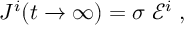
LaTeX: J ^ { i } ( t \to \infty ) = \sigma \; \mathcal { E } ^ { i } \; ,